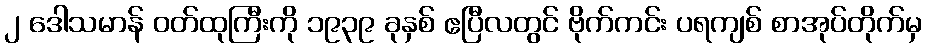
၂ ဒေါသမာန် ဝတ်ထုကြီးကို ၁၉၃၉ ခုနှစ် ဧပြီလတွင် ဗိုက်ကင်း ပရကျစ် စာအုပ်တိုက်မှ